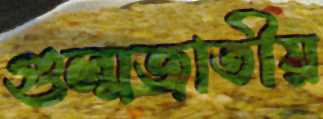
গুল্মজাতীয়